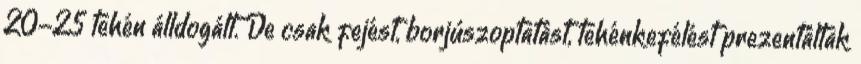
20-25 tehén álldogált. De csak fejést, borjúszoptatást, tehénkefélést prezentáltak